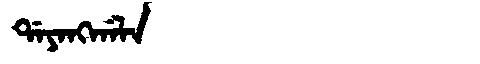
Manchu: ᡩᠠᠶᠠᠩᡤᠠᠯᠠ
Romanization: DAYANGGALA